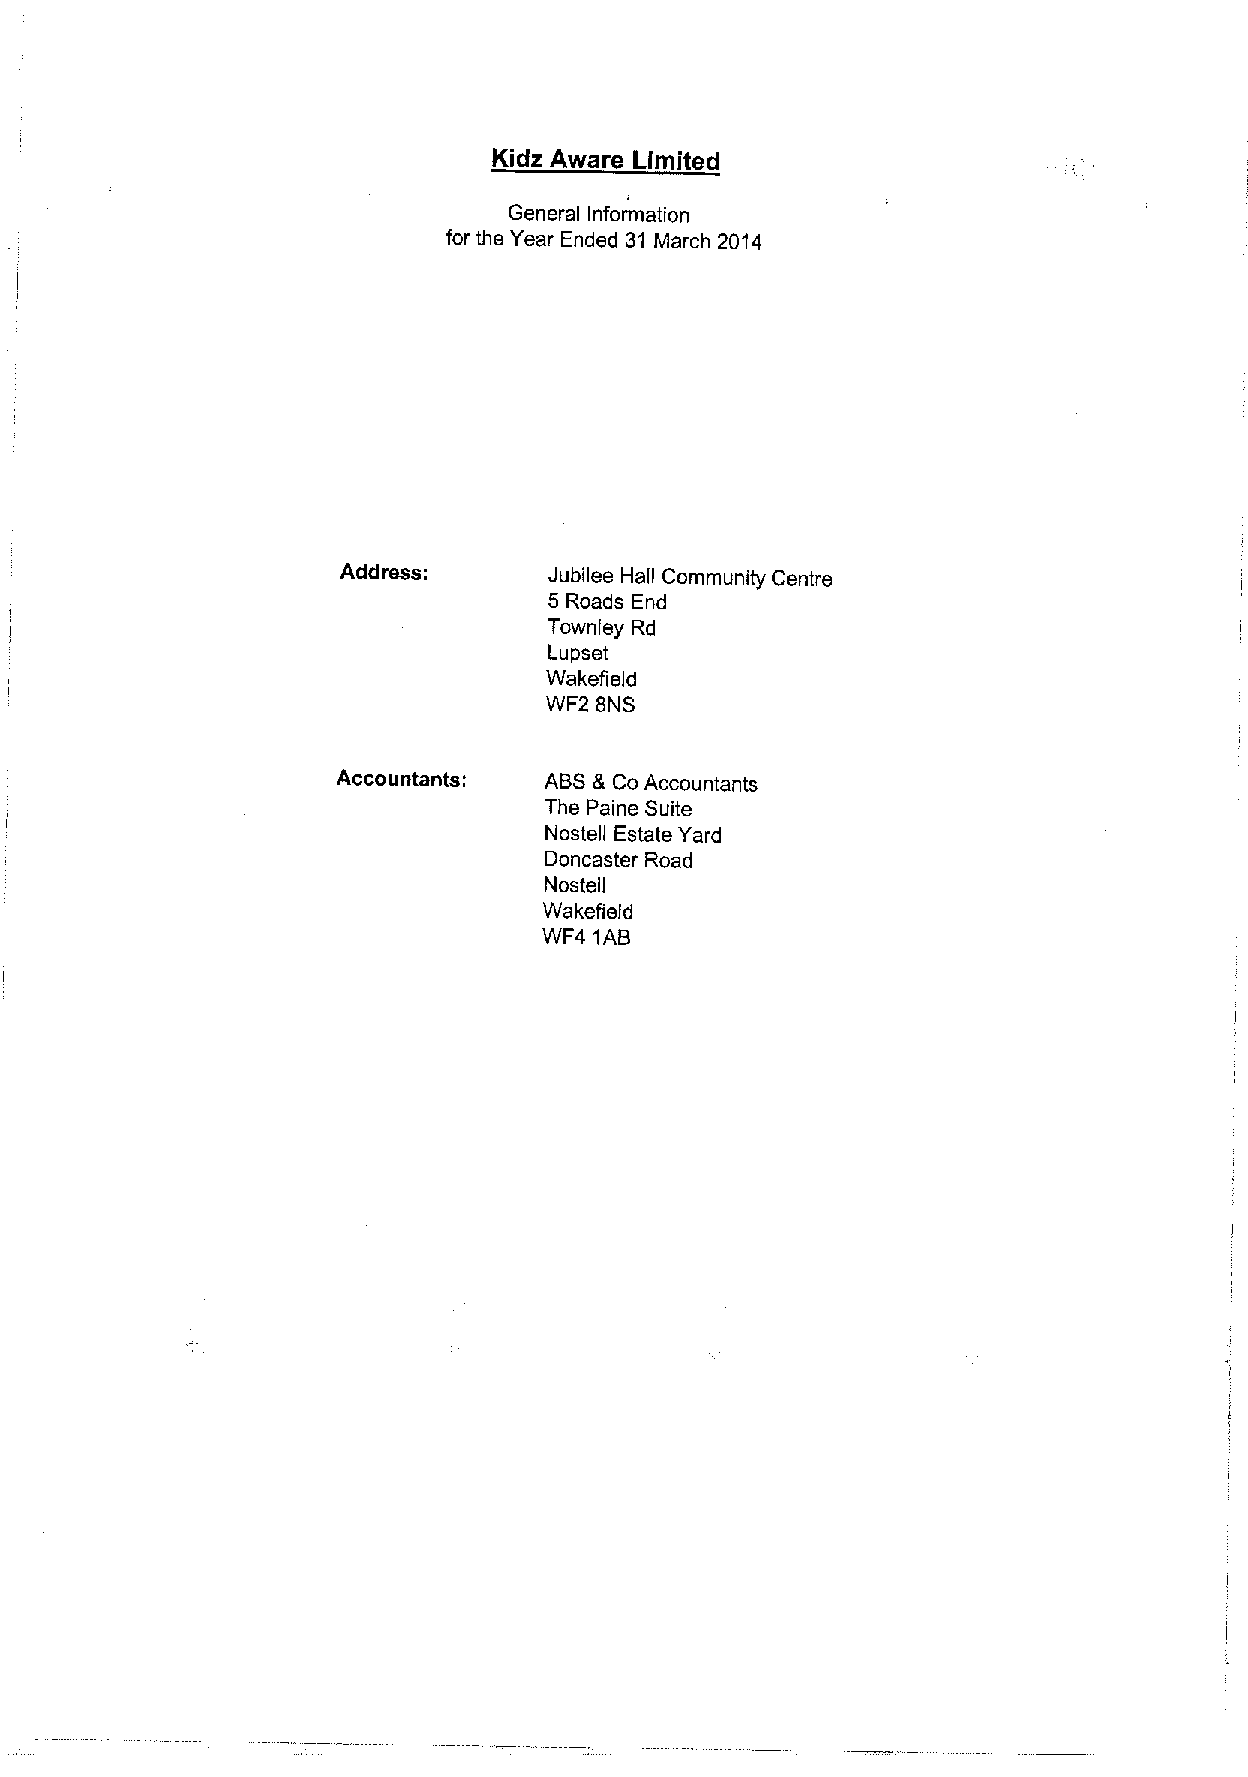
Kidz Aware Limited
 General Information
 for the Year Ended 31 March 2014
 Address:      Jubilee Hall Community Centre
 5 Roads End
 Townley Rd
 Lupset
 Wakefield
 WF2 8NS
 Accountants:  ABS &CoAccountants
 The Paine Suite
 Nostell Estate Yard
 Doncaster Road
 Nostell
 Wakefi eld
 WF4 1AB